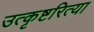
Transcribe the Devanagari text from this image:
उत्कृष्टरित्या